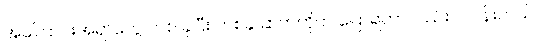
အကြောင်းအရာတွေ တစ် ခုပြီး တစ်ခု ဆက်တိုက် ပြောရတာလည်းပင်ပန်းတယ်။